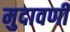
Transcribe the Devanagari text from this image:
मुदावणी